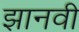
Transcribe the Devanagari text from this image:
झानवी